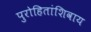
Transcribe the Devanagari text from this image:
पुरोहितांशिवाय